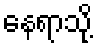
နေရာသို့